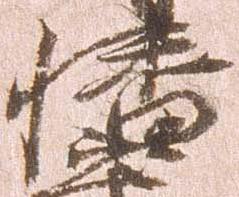
幡